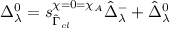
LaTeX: \Delta _ { \lambda } ^ { 0 } = s _ { \hat { \Gamma } _ { c l } } ^ { \chi = 0 = \chi _ { A } } \hat { \Delta } _ { \lambda } ^ { - } + \hat { \Delta } _ { \lambda } ^ { 0 }